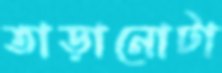
তাড়ানোটা